Juri_Uluots, lk 8
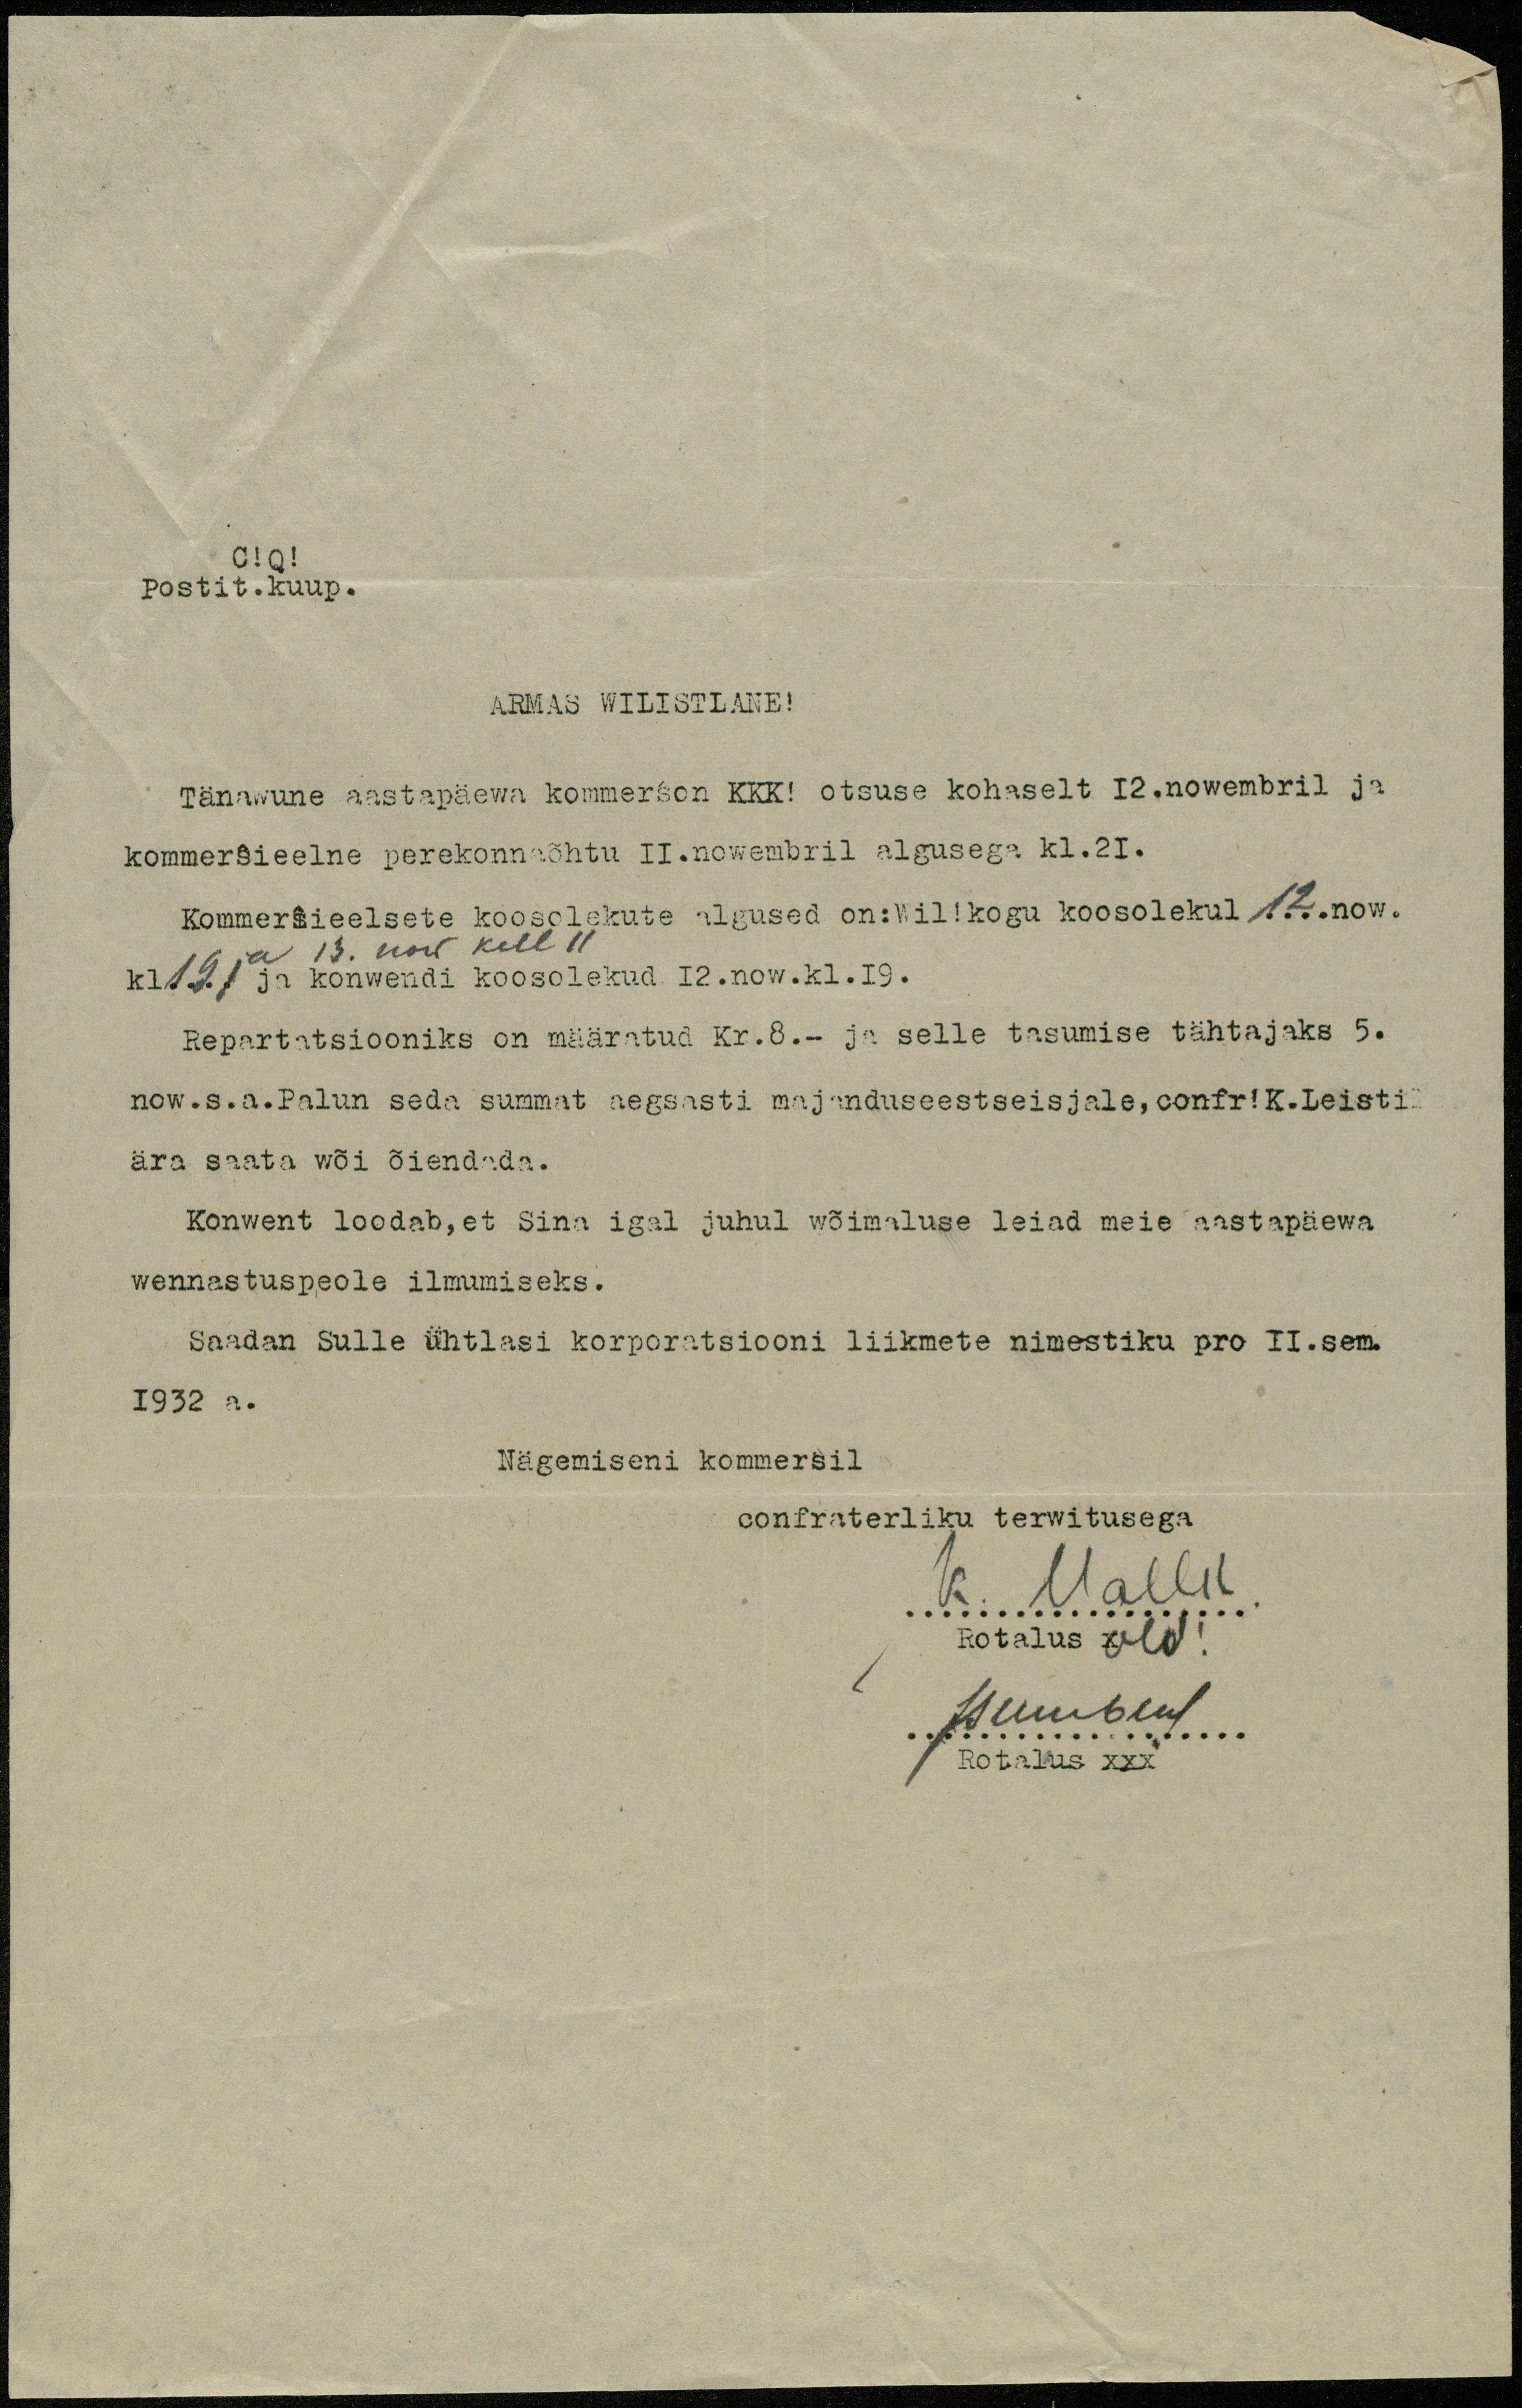
C!Q!
Postit.kuup.
ARMAS WILISTLANE!
Tänawune aastapäewa kommeršon KKK! otsuse kohaselt 12. nowembril ja
kommeršieelne perekonnaõhtu 11.nowembril algusega kl.21.
Kommeršieelsete koosolekute algused on:Wil!kogu kooosolekul 12.now.
kl 19 ja 13. now kell 11 ja konwendi koosolekud 12.now.kl.19.
Reparatsiooniks on määratud Kr.8.- ja selle tasumise tähtajaks 5.
now.s.a.Palun seda summat aegsasti majanduseestseisjale, confr!K.Leisti
ära saata wõi õiendada.
Konwent loodab,et Sina igal juhul wõimaluse leiad meie aastapäewa
wennastuspeole ilmumiseks.
Saadan Sulle ühtlasi korporatsiooni liikmete nimestiku pro II.sem.
1932 a.
Nägemiseni kommeršil
confraterliku terwitusega
K. Wallu
Rotalus old!
JSumberg
Rotalus xxx